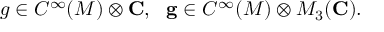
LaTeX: g \in C ^ { \infty } ( M ) \otimes { \bf C } , ~ ~ { \bf g } \in C ^ { \infty } ( M ) \otimes M _ { 3 } ( { \bf C } ) .